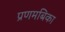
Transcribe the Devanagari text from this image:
प्रणमबिका